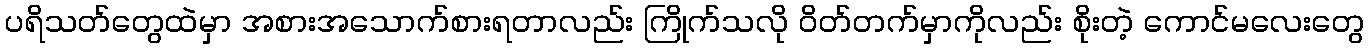
ပရိသတ်တွေထဲမှာ အစားအသောက်စားရတာလည်း ကြိုက်သလို ဝိတ်တက်မှာကိုလည်း စိုးတဲ့ ကောင်မလေးတွေ